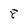
Character: 8